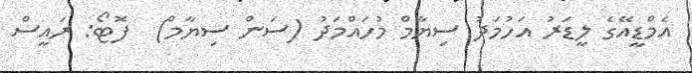
އެމްޑީއޭގެ ލީޑަރު އަހުމަދު ސިޔާމް މުހައްމަދު (ސަން ސިޔާމް)  ފޮޓޯ: ރައީސް